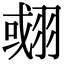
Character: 𦑍